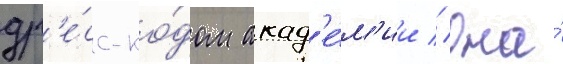
др'е́сс-ко́дом акад'е́м'ии // Она́